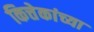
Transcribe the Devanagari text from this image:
कित्तेकांच्या